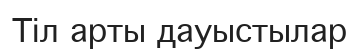
Тіл арты дауыстылар